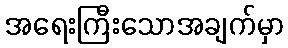
အရေးကြီးသောအချက်မှာ